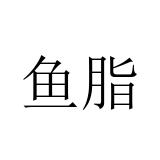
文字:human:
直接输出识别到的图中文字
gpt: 鱼脂